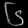
Digit: ၆